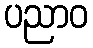
ပညာဝ